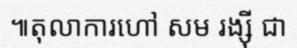
៕តុលាការហៅ សម រង្ស៊ី ជា